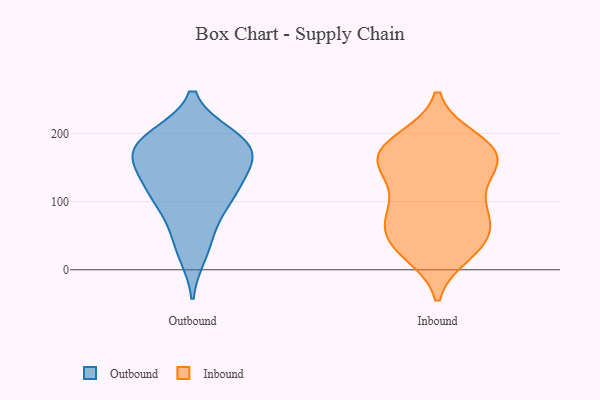
{"axis": {"x": "Energy Usage (MWh)", "y": "Value"}, "legend": ["Inbound", "Outbound"], "data": [{"x": "", "y": 142, "type": "Outbound"}, {"x": "", "y": 116, "type": "Outbound"}, {"x": "", "y": 25, "type": "Outbound"}, {"x": "", "y": 121, "type": "Outbound"}, {"x": "", "y": 194, "type": "Outbound"}, {"x": "", "y": 189, "type": "Outbound"}, {"x": "", "y": 100, "type": "Outbound"}, {"x": "", "y": 184, "type": "Outbound"}, {"x": "", "y": 190, "type": "Outbound"}, {"x": "", "y": 169, "type": "Outbound"}, {"x": "", "y": 165, "type": "Outbound"}, {"x": "", "y": 162, "type": "Outbound"}, {"x": "", "y": 48, "type": "Outbound"}, {"x": "", "y": 94, "type": "Outbound"}, {"x": "", "y": 170, "type": "Inbound"}, {"x": "", "y": 150, "type": "Inbound"}, {"x": "", "y": 131, "type": "Inbound"}, {"x": "", "y": 31, "type": "Inbound"}, {"x": "", "y": 57, "type": "Inbound"}, {"x": "", "y": 182, "type": "Inbound"}, {"x": "", "y": 36, "type": "Inbound"}, {"x": "", "y": 88, "type": "Inbound"}, {"x": "", "y": 46, "type": "Inbound"}, {"x": "", "y": 76, "type": "Inbound"}, {"x": "", "y": 77, "type": "Inbound"}, {"x": "", "y": 169, "type": "Inbound"}, {"x": "", "y": 182, "type": "Inbound"}, {"x": "", "y": 154, "type": "Inbound"}, {"x": "", "y": 98, "type": "Inbound"}, {"x": "", "y": 190, "type": "Inbound"}, {"x": "", "y": 159, "type": "Inbound"}, {"x": "", "y": 25, "type": "Inbound"}]}